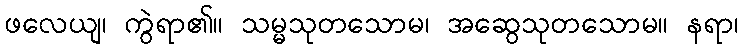
ဖလေယျ၊ ကွဲရာ၏။ သမ္မသုတသောမ၊ အဆွေသုတသောမ။ နရာ၊